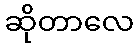
ဆိုတာလေ